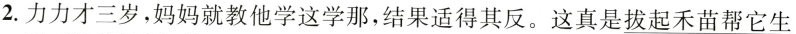
2.力力才三岁，妈妈就教他学这学那，结果适得其反。这真是\underline{拔起禾苗帮它生}